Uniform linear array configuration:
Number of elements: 4
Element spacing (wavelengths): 0.25
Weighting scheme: cosine
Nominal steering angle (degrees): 45
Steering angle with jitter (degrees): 46.136
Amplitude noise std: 0.05
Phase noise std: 0.05

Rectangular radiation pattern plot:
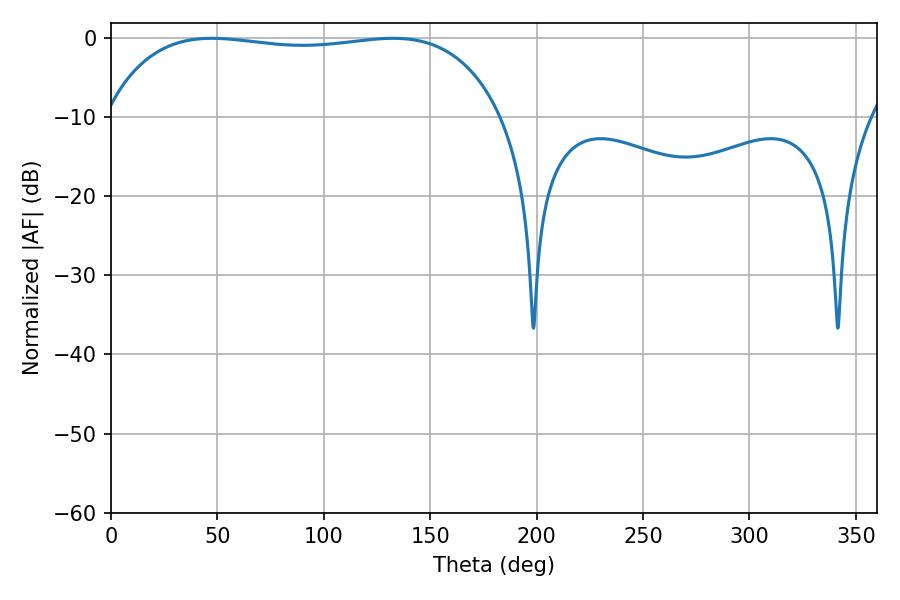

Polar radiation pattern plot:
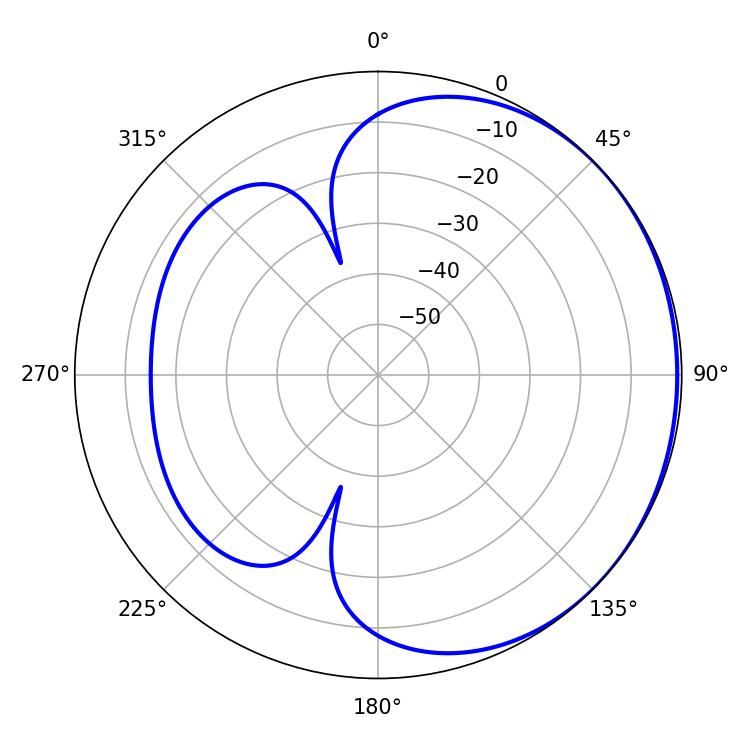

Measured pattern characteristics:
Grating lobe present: FALSE
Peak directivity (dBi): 0.8005
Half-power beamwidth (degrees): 149.4
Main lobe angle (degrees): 47.34